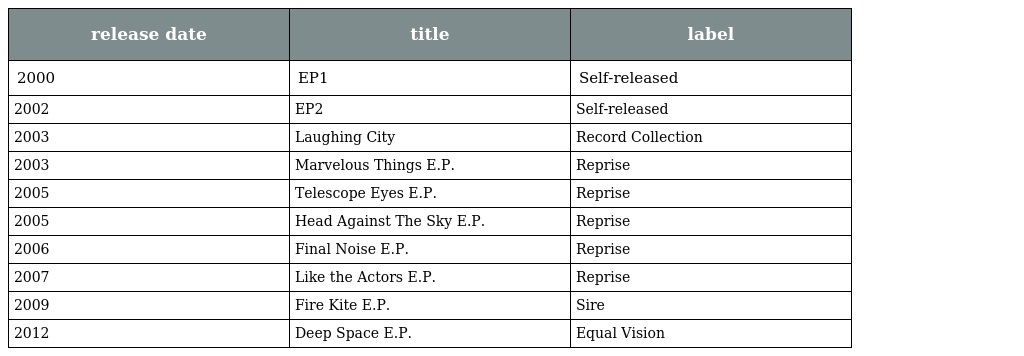
| release date | title | label |
 | --- | --- | --- |
 | 2000 | EP1 | Self-released |
 | 2002 | EP2 | Self-released |
 | 2003 | Laughing City | Record Collection |
 | 2003 | Marvelous Things E.P. | Reprise |
 | 2005 | Telescope Eyes E.P. | Reprise |
 | 2005 | Head Against The Sky E.P. | Reprise |
 | 2006 | Final Noise E.P. | Reprise |
 | 2007 | Like the Actors E.P. | Reprise |
 | 2009 | Fire Kite E.P. | Sire |
 | 2012 | Deep Space E.P. | Equal Vision |